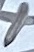
Text: +